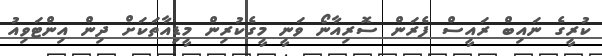
ކުރީގެ ނައިބް ރައީސް ފެރަން ސޮރިއާނޯ ވަނީ މީގެކުރިން މީޑިއާތަކަށް ދިން އިންޓަވިއު